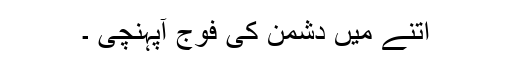
اتنے میں دشمن کی فوج آپہنچی ۔